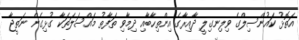
އަތޮޅު ކައުންސިލްގެ ވިލިނގިލީ ދާއިރާގެ އިންތިހާބާއި ދިމާވި ތަފާތު މައްސަލަތަކާ ގުޅިގެން ނަތީޖާ